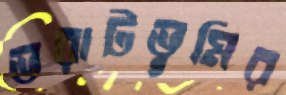
ভরাটভূমির